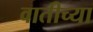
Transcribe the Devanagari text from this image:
वातीच्या